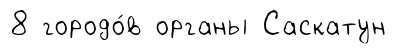
8 городо́в органы Саскатун